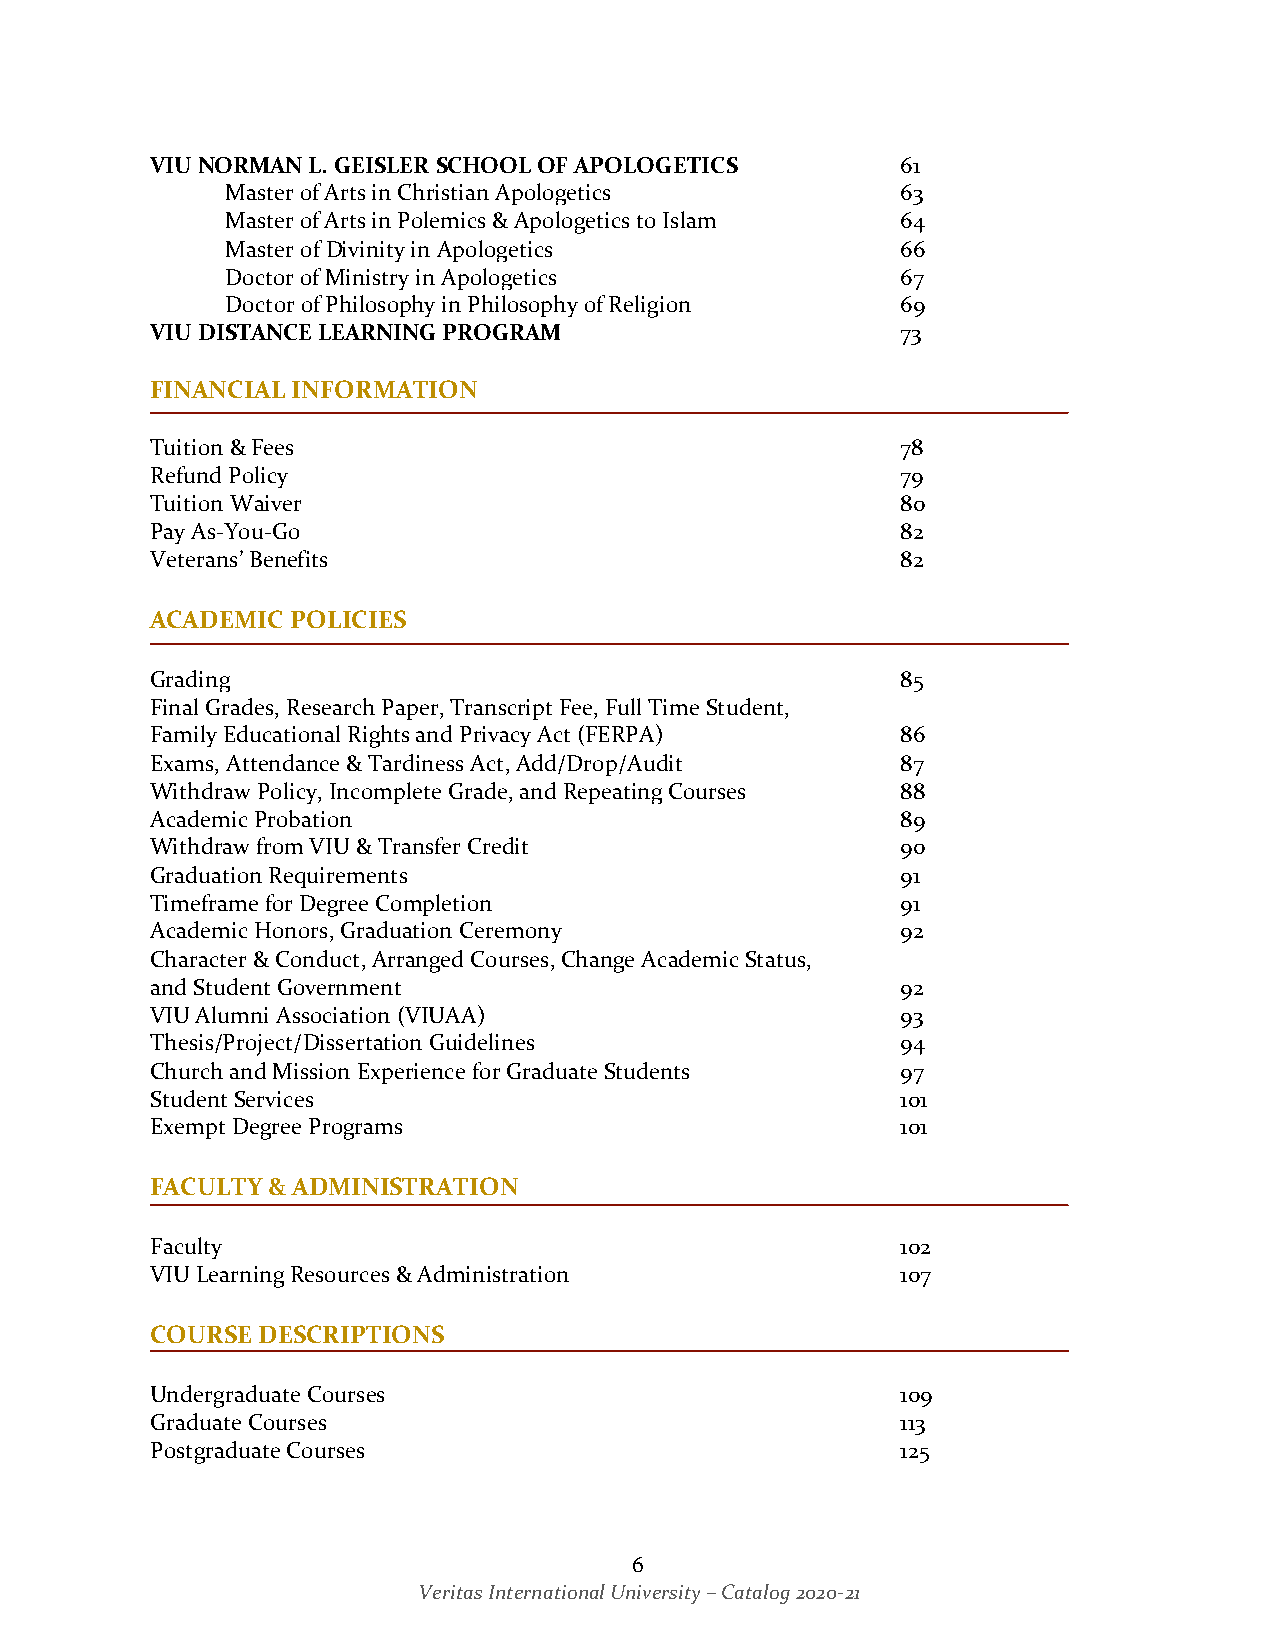
VIU NORMAN L. GEISLER SCHOOL OF APOLOGETICS       61
 Master of Arts in Christian Apologetics      63
 Master of Arts in Polemics & Apologetics to Islam 64
 Master of Divinity in Apologetics            66
 Doctor of Ministry in Apologetics            67
 Doctor of Philosophy in Philosophy of Religion 69
 VIU DISTANCE LEARNING PROGRAM                     73
 FINANCIAL INFORMATION
 Tuition & Fees                                    78
 Refund Policy                                     79
 Tuition Waiver                                    80
 Pay As-You-Go                                     82
 Veterans’ Benefits                                82
 ACADEMIC POLICIES
 Grading                                           85
 Final Grades, Research Paper, Transcript Fee, Full Time Student,
 Family Educational Rights and Privacy Act (FERPA) 86
 Exams, Attendance & Tardiness Act, Add/Drop/Audit 87
 Withdraw Policy, Incomplete Grade, and Repeating Courses 88
 Academic Probation                                89
 Withdraw from VIU & Transfer Credit               90
 Graduation Requirements                           91
 Timeframe for Degree Completion                   91
 Academic Honors, Graduation Ceremony              92
 Character & Conduct, Arranged Courses, Change Academic Status,
 and Student Government                            92
 VIU Alumni Association (VIUAA)                    93
 Thesis/Project/Dissertation Guidelines            94
 Church and Mission Experience for Graduate Students 97
 Student Services                                  101
 Exempt Degree Programs                            101
 FACULTY & ADMINISTRATION
 Faculty                                           102
 VIU Learning Resources & Administration           107
 COURSE DESCRIPTIONS
 Undergraduate Courses                             109
 Graduate Courses                                  113
 Postgraduate Courses                              125
 6
 Veritas International University – Catalog 2020-21